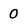
Character: 0